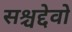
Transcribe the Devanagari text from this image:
सश्चद्देवो